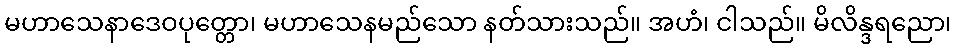
မဟာသေနာဒေဝပုတ္တော၊ မဟာသေနမည်သော နတ်သားသည်။ အဟံ၊ ငါသည်။ မိလိန္ဒရညော၊